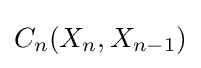
{C_{n}}(X_{n},X_{n-1})